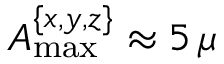
A _ { \mathrm { m a x } } ^ { \{ x , y , z \} } \approx 5 \, \mu